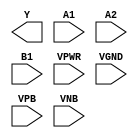
module sky130_fd_sc_lp__a21oi (
    Y   ,
    A1  ,
    A2  ,
    B1  ,
    VPWR,
    VGND,
    VPB ,
    VNB
);

    output Y   ;
    input  A1  ;
    input  A2  ;
    input  B1  ;
    input  VPWR;
    input  VGND;
    input  VPB ;
    input  VNB ;
endmodule